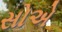
સોએ